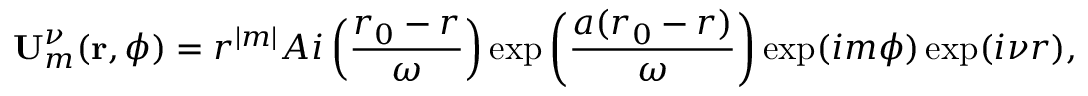
{ \bf U } _ { m } ^ { \nu } ( { \bf r } , \phi ) = { r ^ { \lvert m \rvert } } A i \left( \frac { r _ { 0 } - r } { \omega } \right) \exp \left( { \frac { a ( r _ { 0 } - r ) } { \omega } } \right) { \exp ( i m \phi ) } \exp ( { i \nu r } ) ,